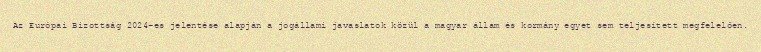
Az Európai Bizottság 2024-es jelentése alapján a jogállami javaslatok közül a magyar állam és kormány egyet sem teljesített megfelelően.